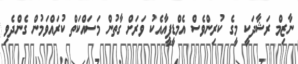
ނާޒިމް ރަޝާދަކީ މީގެ ކުރިންވެސް އެމްޑީޕީއާއެކު ވަރަށް ގާތުން މަސައްކަތް ކުރައްވަމުން ގެންދެވި